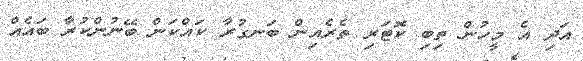
އަދި އެ މީހުން ތިބި ކޮޓަރި ތެރެއިން ބަނގުރާ ކައްކަން ބޭނުންކުރާ ބައެއް